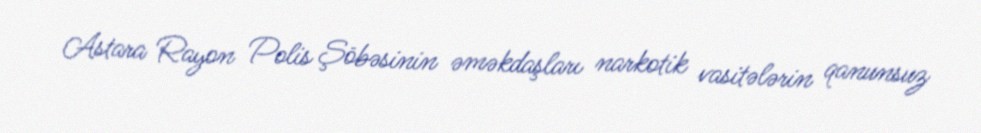
Astara Rayon Polis Şöbəsinin əməkdaşları narkotik vasitələrin qanunsuz